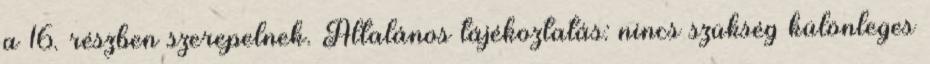
a 16. részben szerepelnek. Általános tájékoztatás: nincs szükség különleges